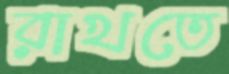
রাখতে